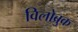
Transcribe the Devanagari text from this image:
विलोब्रुक